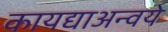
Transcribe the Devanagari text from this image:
कायद्याअन्वये